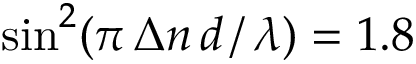
\sin ^ { 2 } ( \pi \, \Delta n \, d \, / \, \lambda ) = 1 . 8 \